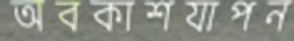
অবকাশযাপন